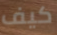
كيف